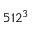
5 1 2 ^ { 3 }